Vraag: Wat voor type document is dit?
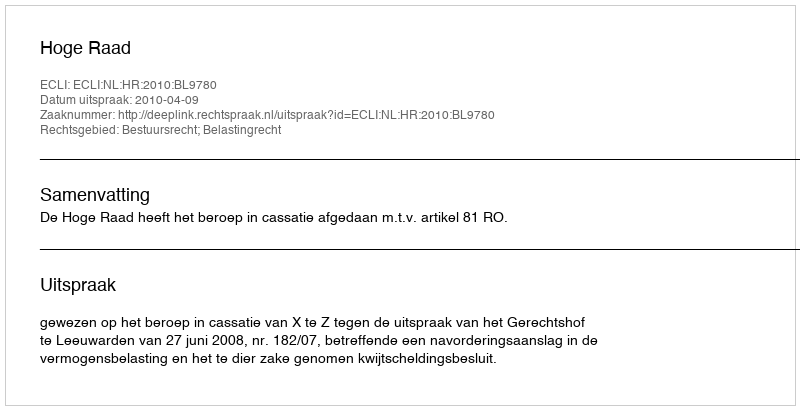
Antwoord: Uitspraak